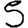
Digit: 5